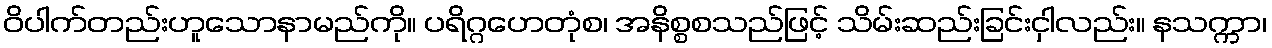
ဝိပါက်တည်းဟူသောနာမည်ကို။ ပရိဂ္ဂဟေတုံစ၊ အနိစ္စစသည်ဖြင့် သိမ်းဆည်းခြင်းငှါလည်း။ နသက္ကာ၊